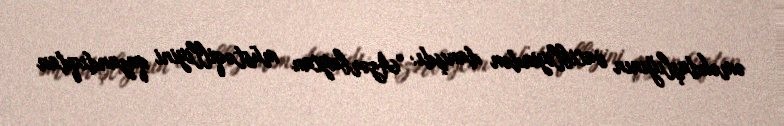
əməkdaşlığının vacibliyindən danışdı: “Azərbaycan müstəqilliyini qazandıqdan